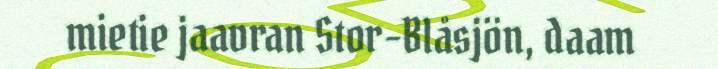
mietie jaavran Stor-Blåsjön, daam